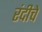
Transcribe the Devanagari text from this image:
रंदीचे